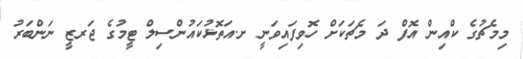
މިމެޗުގެ ކްއިން އޮފް ދަ މެޗަކަށް ހޮވިފައިވަނީ ށ.އަތޮޅުކައުންސިލް ޓީމުގެ ޖަރޒީ ނަންބަރު